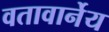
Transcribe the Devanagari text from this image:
वतावार्नेय